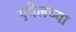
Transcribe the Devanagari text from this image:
एबेलच्या